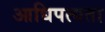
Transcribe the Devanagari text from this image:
आधिपत्यता